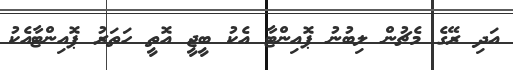
އަދި ރޭގެ މެޗުން ލިބުނު ޕޮއިންޓާ އެކު ބީޖީ އޮތީ ހަތަރު ޕޮއިންޓާއެކު